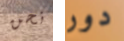
نحن دور